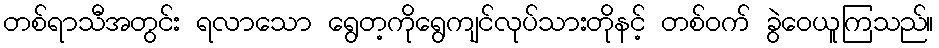
တစ်ရာသီအတွင်း ရလာသော ရွေတ့ကိုရွေကျင်လုပ်သားတိုနင့် တစ်ဝက် ခွဲဝေယူကြသည်။